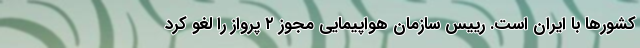
کشورها با ایران است. رییس سازمان هواپیمایی مجوز ۲ پرواز را لغو کرد